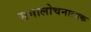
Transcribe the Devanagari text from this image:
समालोचनात्‍मक